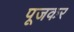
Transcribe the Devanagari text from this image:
पूजकर